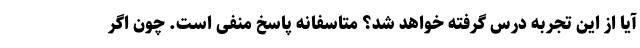
آیا از این تجربه درس گرفته خواهد شد؟ متاسفانه پاسخ منفی است. چون اگر